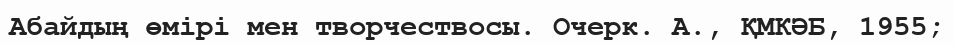
Абайдың өмірі мен творчествосы. Очерк. А., ҚМКӘБ, 1955;